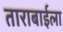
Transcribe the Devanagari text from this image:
ताराबाईला